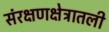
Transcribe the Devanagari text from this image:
संरक्षणक्षेत्रातली